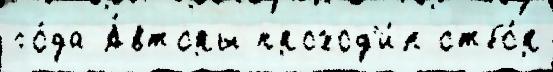
го́да А́вторы проход'и́л отбо́р